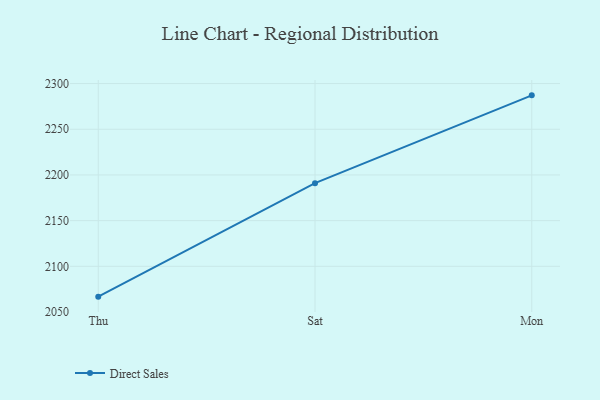
{"axis": {"x": "Day", "y": "Operating Costs (USD K)"}, "legend": ["Direct Sales"], "data": [{"x": "Thu", "y": 2066.8, "type": "Direct Sales"}, {"x": "Sat", "y": 2191.0, "type": "Direct Sales"}, {"x": "Mon", "y": 2287.1, "type": "Direct Sales"}]}